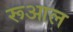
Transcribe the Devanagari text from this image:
रूआल